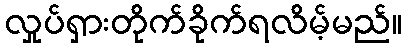
လှုပ်ရှားတိုက်ခိုက်ရလိမ့်မည်။